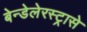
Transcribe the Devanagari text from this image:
बेन्डेलेरस्ट्रासे